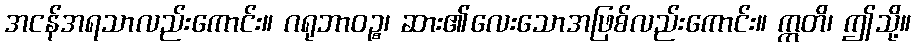
အငန်အရသာလည်းကောင်း။ ဂရုဘာဝဉ္စ၊ ဆား၏လေးသောအဖြစ်လည်းကောင်း။ ဣတိ၊ ဤသို့။